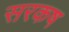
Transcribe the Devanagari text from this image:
सरकष